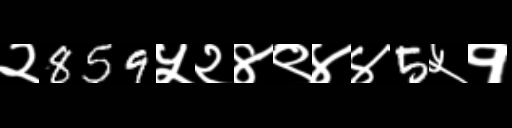
Text: २859५२४९४४5५१